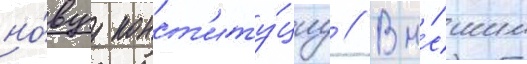
но́вуу конст'иту́циу // Вы́сшим